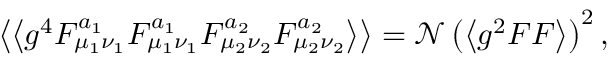
\left\langle \left\langle g ^ { 4 } F _ { \mu _ { 1 } \nu _ { 1 } } ^ { a _ { 1 } } F _ { \mu _ { 1 } \nu _ { 1 } } ^ { a _ { 1 } } F _ { \mu _ { 2 } \nu _ { 2 } } ^ { a _ { 2 } } F _ { \mu _ { 2 } \nu _ { 2 } } ^ { a _ { 2 } } \right\rangle \right\rangle = \mathcal { N } \left( \left\langle g ^ { 2 } F F \right\rangle \right) ^ { 2 } ,